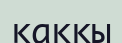
қаккы